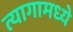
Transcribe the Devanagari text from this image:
त्यागामध्ये